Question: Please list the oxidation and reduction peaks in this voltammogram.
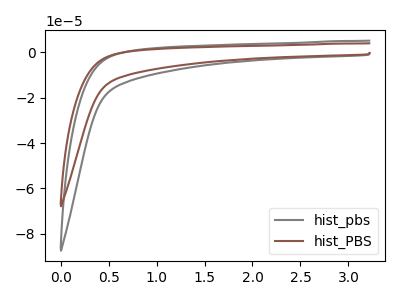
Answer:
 <answer>The gray curve "hist_pbs" has no peaks. The brown curve "hist_PBS" has no peaks.</answer>
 <eval></eval>